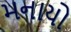
મનાયો